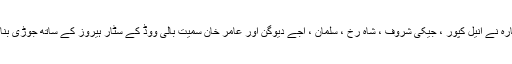
اداکارہ نے انیل کپور ، جیکی شروف ، شاہ رخ ، سلمان ، اجے دیوگن اور عامر خان سمیت بالی ووڈ کے سٹار ہیروز کے ساتھ جوڑی بنائی ۔